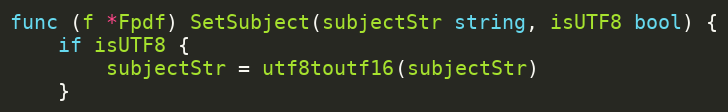
Language: Go
func (f *Fpdf) SetSubject(subjectStr string, isUTF8 bool) {
	if isUTF8 {
		subjectStr = utf8toutf16(subjectStr)
	}